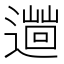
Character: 𨗞